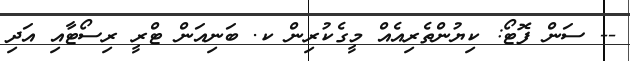
-- ސަން ފޮޓޯ: ކިޔުންތެރިއެއް މީގެކުރިން ކ. ބަނިއަން ޓްރީ ރިސޯޓާއި އަދި